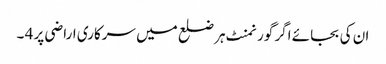
ان کی بجائے اگر گورنمنٹ ہر ضلع میں سرکاری اراضی پر 4 ۔